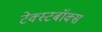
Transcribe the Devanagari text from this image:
टेक्स्टबॉक्स